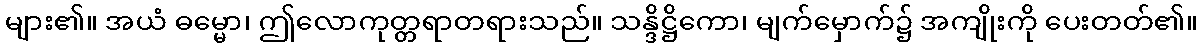
များ၏။ အယံ ဓမ္မော၊ ဤလောကုတ္တရာတရားသည်။ သန္ဒိဋ္ဌိကော၊ မျက်မှောက်၌ အကျိုးကို ပေးတတ်၏။